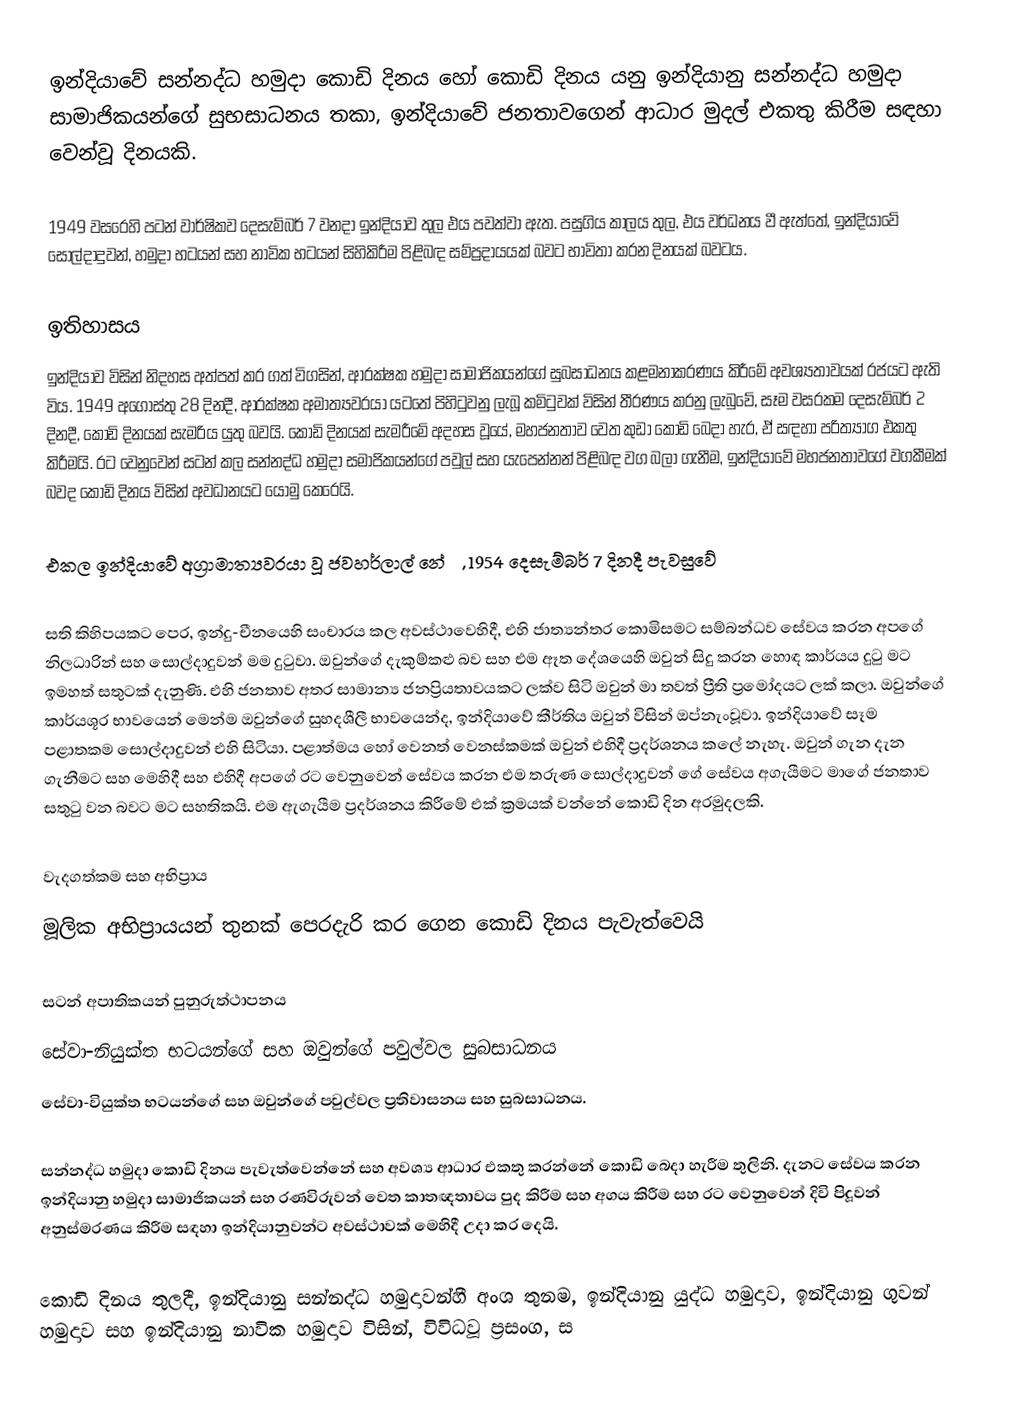
ඉන්දියාවේ සන්නද්ධ හමුදා කොඩි දිනය හෝ  කොඩි දිනය යනු ඉන්දියානු සන්නද්ධ හමුදා සාමාජිකයන්ගේ සුභසාධනය තකා, ඉන්දියාවේ ජනතාවගෙන් ආධාර මුදල් එකතු කිරීම සඳහා වෙන්වූ දිනයකි.

1949  වසරෙහි පටන් වාර්ෂිකව දෙසැම්බර් 7 වනදා ඉන්දියාව තුල එය පවත්වා ඇත. පසුගිය කාලය තුල, එය වර්ධනය වී ඇත්තේ, ඉන්දියාවේ සොල්දාදුවන්, හමුදා භටයන් සහ නාවික භටයන් සිහිකිරීම පිළිබඳ සම්ප්‍රදායයක් බවට භාවිතා කරන දිනයක් බවටය.

ඉතිහාසය
ඉන්දියාව විසින් නිදහස අත්පත් කර ගත් විගසින්, ආරක්ෂක හමුදා සාමාජිකයන්ගේ සුබසාධනය කළමනාකරණය කිරීමේ අවශ්‍යතාවයක් රජයට ඇති විය. 1949 අගෝස්තු 28 දිනදී, ආරක්ෂක අමාත්‍යවරයා යටතේ පිහිටුවනු ලැබූ කමිටුවක් විසින් තීරණය කරනු ලැබුවේ, සෑම වසරකම දෙසැම්බර් 2 දිනදී, කොඩි දිනයක් සැමරිය යුතු බවයි. කොඩි දිනයක් සැමරීමේ අදහස වූයේ, මහජනතාව වෙත කුඩා කොඩි බෙදා හැර, ඒ සඳහා පරිත්‍යාග එකතු කිරීමයි. රට වෙනුවෙන් සටන් කල සන්නද්ධ හමුදා සමාජිකයන්ගේ පවුල් සහ යැපෙන්නන් පිළිබඳ වග බලා ගැනීම, ඉන්දියාවේ මහජනතාවගේ වගකීමක් බවද කොඩි දිනය විසින් අවධානයට යොමු කෙරෙයි.

එකල ඉන්දියාවේ අග්‍රාමාත්‍යවරයා වූ ජවහර්ලාල් නේරු, 1954 දෙසැම්බර් 7 දිනදී පැවසුවේ

සති කිහිපයකට පෙර, ඉන්දු-චීනයෙහි සංචාරය කල අවස්ථාවෙහිදී, එහි ජාත්‍යන්තර කොමිසමට සම්බන්ධව සේවය කරන අපගේ නිලධාරින් සහ සොල්දාදුවන් මම දුටුවා. ඔවුන්ගේ දැකුම්කළු බව සහ එම ඈත දේශයෙහි ඔවුන් සිදු කරන හොඳ කාර්යය දුටු මට ඉමහත් සතුටක් දැනුණි. එහි ජනතාව අතර සාමාන්‍ය ජනප්‍රියතාවයකට ලක්ව සිටි ඔවුන් මා තවත් ප්‍රීති ප්‍රමෝදයට ලක් කලා. ඔවුන්ගේ කාර්යශූර භාවයෙන් මෙන්ම ඔවුන්ගේ සුහදශීලී භාවයෙන්ද, ඉන්දියාවේ කීර්තිය ඔවුන් විසින් ඔප්නැංවූවා. ඉන්දියාවේ සෑම පළාතකම සොල්දාදුවන් එහි සිටියා. පළාත්මය හෝ වෙනත් වෙනස්කමක් ඔවුන් එහිදී ප්‍රදර්ශනය කලේ නැහැ. ඔවුන් ගැන දැන ගැනීමට සහ මෙහිදී සහ එහිදී අපගේ රට වෙනුවෙන් සේවය කරන එම තරුණ සොල්දාදුවන් ගේ සේවය අගැයීමට මාගේ ජනතාව සතුටු වන බවට මට සහතිකයි. එම ඇගැයීම ප්‍රදර්ශනය කිරීමේ එක් ක්‍රමයක් වන්නේ කොඩි දින අරමුදලකි.

වැදගත්කම සහ  අභිප්‍රාය
මූලික අභිප්‍රායයන් තුනක් පෙරදැරි කර ගෙන කොඩි දිනය පැවැත්වෙයි

 සටන් අපාතිකයන් පුනුරුත්ථාපනය
 සේවා-නියුක්ත භටයන්ගේ සහ ඔවුන්ගේ පවුල්වල සුබසාධනය
 සේවා-වියුක්ත භටයන්ගේ සහ ඔවුන්ගේ පවුල්වල ප්‍රතිවාසනය සහ සුබසාධනය.

සන්නද්ධ හමුදා කොඩි දිනය පැවැත්වෙන්නේ සහ අවශ්‍ය ආධාර එකතු කරන්නේ කොඩි බෙදා හැරීම තුලිනි. දැනට සේවය කරන ඉන්දියානු හමුදා සාමාජිකයන් සහ රණවිරුවන් වෙත කාතඥතාවය පුද කිරීම සහ අගය කිරීම සහ රට වෙනුවෙන් දිවි පිදූවන් අනුස්මරණය කිරීම සඳහා ඉන්දියානුවන්ට අවස්ථාවක් මෙහිදී උදා කර දෙයි.

කොඩි දිනය තුලදී, ඉන්දියානු සන්නද්ධ හමුදාවන්හී අංශ තුනම,  ඉන්දියානු යුද්ධ හමුදාව, ඉන්දියානු ගුවන් හමුදාව සහ ඉන්දියානු නාවික හමුදාව විසින්, විවිධවූ  ප්‍රසංග, ස